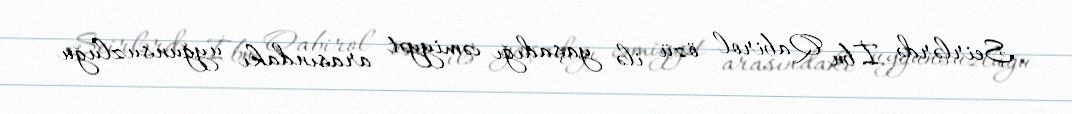
Şeirlərdə İbn Qabirol özü ilə yaşadığı cəmiyyət arasındakı uyğunsuzluğu